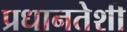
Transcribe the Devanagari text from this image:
प्रधानतेशी